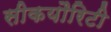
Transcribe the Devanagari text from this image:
सीकयौरिटी